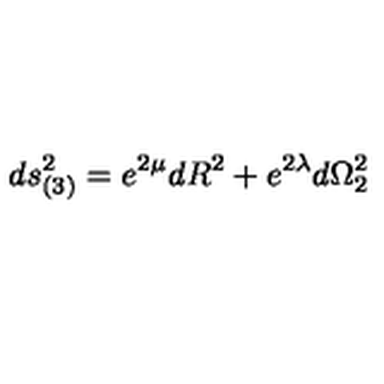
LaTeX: d s _ { ( 3 ) } ^ { 2 } = e ^ { 2 \mu } d R ^ { 2 } + e ^ { 2 \lambda } d { \Omega } _ { 2 } ^ { 2 }